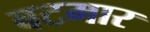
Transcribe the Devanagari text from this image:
बटमार